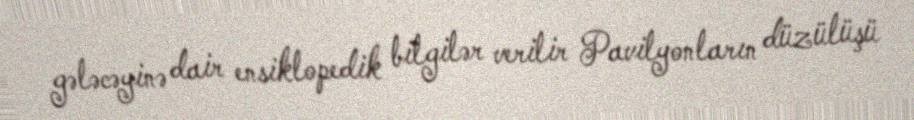
gələcəyinə dair ensiklopedik bilgilər verilir Pavilyonların düzülüşü